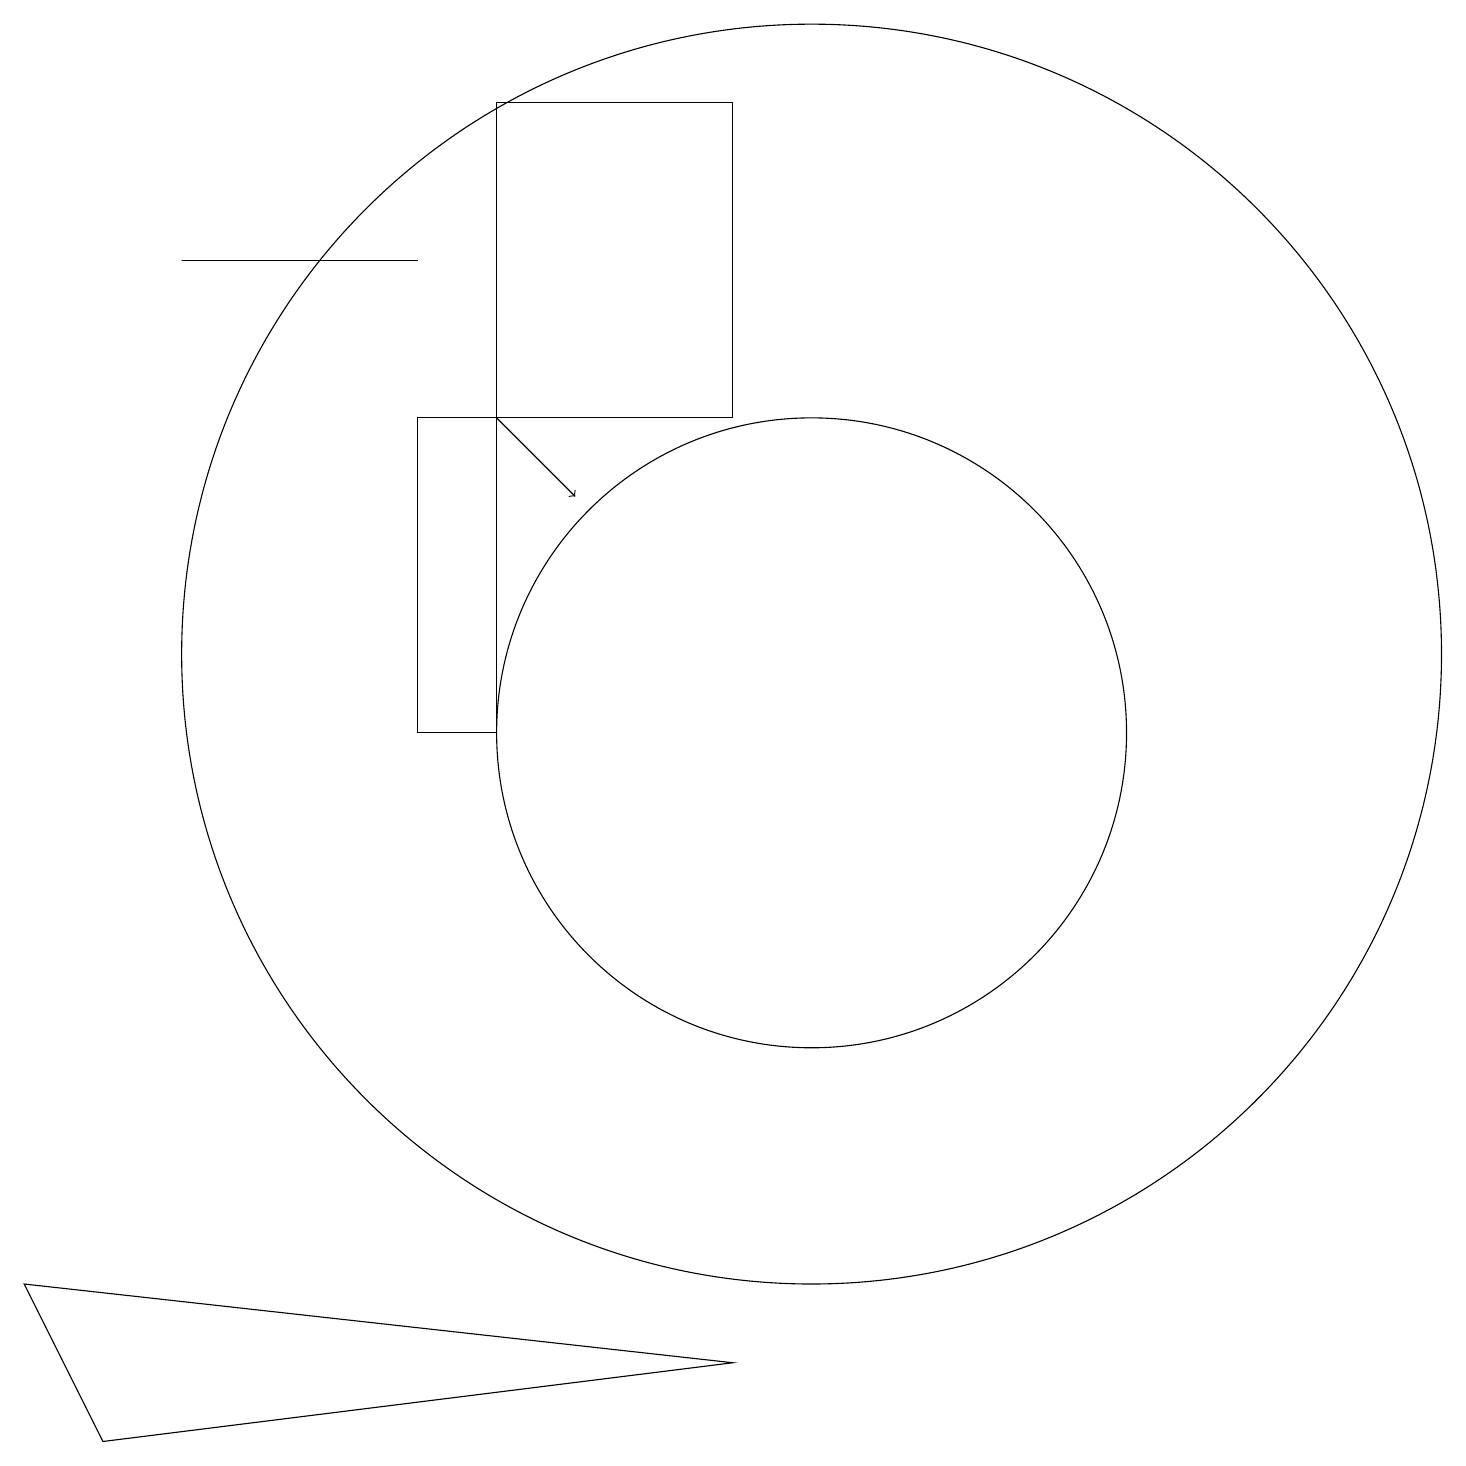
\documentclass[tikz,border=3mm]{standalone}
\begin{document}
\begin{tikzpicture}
\draw[->] (6,15) -- (7,14);
\draw (10,12) circle (8);
\draw (1,2) -- (9,3) -- (0,4) -- cycle;
\draw (6,15) rectangle (5,11);
\draw (9,15) rectangle (6,19);
\draw (2,17) rectangle (5,17);
\draw (10,11) circle (4);
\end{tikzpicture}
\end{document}